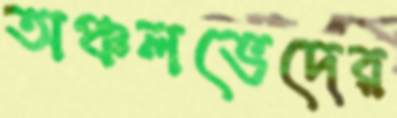
অঞ্চলভেদের